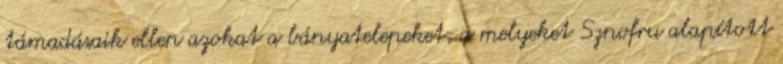
támadásaik ellen azokat a bányatelepeket, a melyeket Sznofru alapított